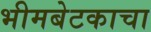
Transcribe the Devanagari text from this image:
भीमबेटकाचा